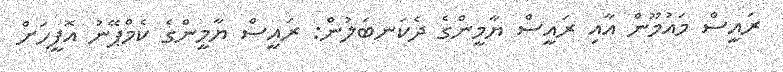
ރައީސް މައުމޫން އާއި ރައީސް ޔާމީންގެ ދެކަނބަލުން: ރައީސް ޔާމީންގެ ކެމްޕޭނު އޮފީހަށް